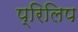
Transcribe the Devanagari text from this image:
प्रिलिप